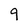
Character: 9